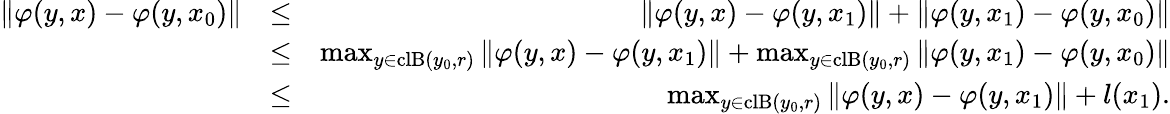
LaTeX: \begin{array}{rlr}{\| \varphi(y,x)-\varphi(y,x_{0})\| }&{\leq}&{\| \varphi(y,x)-\varphi(y,x_{1})\| +\| \varphi(y,x_{1})-\varphi(y,x_{0})\| }\\ &{\leq}&{\operatorname*{max}_{y\in\mathrm{cl}\mathrm{B}(y_{0},r)}\| \varphi(y,x)-\varphi(y,x_{1})\| +\operatorname*{max}_{y\in\mathrm{cl}\mathrm{B}(y_{0},r)}\| \varphi(y,x_{1})-\varphi(y,x_{0})\| }\\ &{\leq}&{\operatorname*{max}_{y\in\mathrm{cl}\mathrm{B}(y_{0},r)}\| \varphi(y,x)-\varphi(y,x_{1})\| +l(x_{1}).}\end{array}